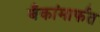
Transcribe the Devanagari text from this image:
बँकांमार्फत